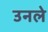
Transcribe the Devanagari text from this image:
उनले